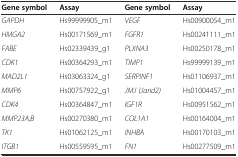
<table><thead><tr><td><b>Gene symbol</b></td><td><b>Assay</b></td><td><b>Gene symbol</b></td><td><b>Assay</b></td></tr></thead><tbody><tr><td><i>GAPDH</i></td><td>Hs99999905_m1</td><td><i>VEGF</i></td><td>Hs00900054_m1</td></tr><tr><td><i>HMGA2</i></td><td>Hs00171569_m1</td><td><i>FGFR1</i></td><td>Hs00241111_m1</td></tr><tr><td><i>FABE</i></td><td>Hs02339439_g1</td><td><i>PLXNA3</i></td><td>Hs00250178_m1</td></tr><tr><td><i>CDK1</i></td><td>Hs00364293_m1</td><td><i>TIMP1</i></td><td>Hs99999139_m1</td></tr><tr><td><i>MAD2L1</i></td><td>Hs03063324_g1</td><td><i>SERPINF1</i></td><td>Hs01106937_m1</td></tr><tr><td><i>MMP6</i></td><td>Hs00757922_g1</td><td><i>JMJ (Jarid2)</i></td><td>Hs01004457_m1</td></tr><tr><td><i>CDK4</i></td><td>Hs00364847_m1</td><td><i>IGF1R</i></td><td>Hs00951562_m1</td></tr><tr><td><i>MMP23A;B</i></td><td>Hs00270380_m1</td><td><i>COL1A1</i></td><td>Hs00164004_m1</td></tr><tr><td><i>TK1</i></td><td>Hs01062125_m1</td><td><i>INHBA</i></td><td>Hs00170103_m1</td></tr><tr><td><i>ITGB1</i></td><td>Hs00559595_m1</td><td><i>FN1</i></td><td>Hs00277509_m1</td></tr></tbody></table>